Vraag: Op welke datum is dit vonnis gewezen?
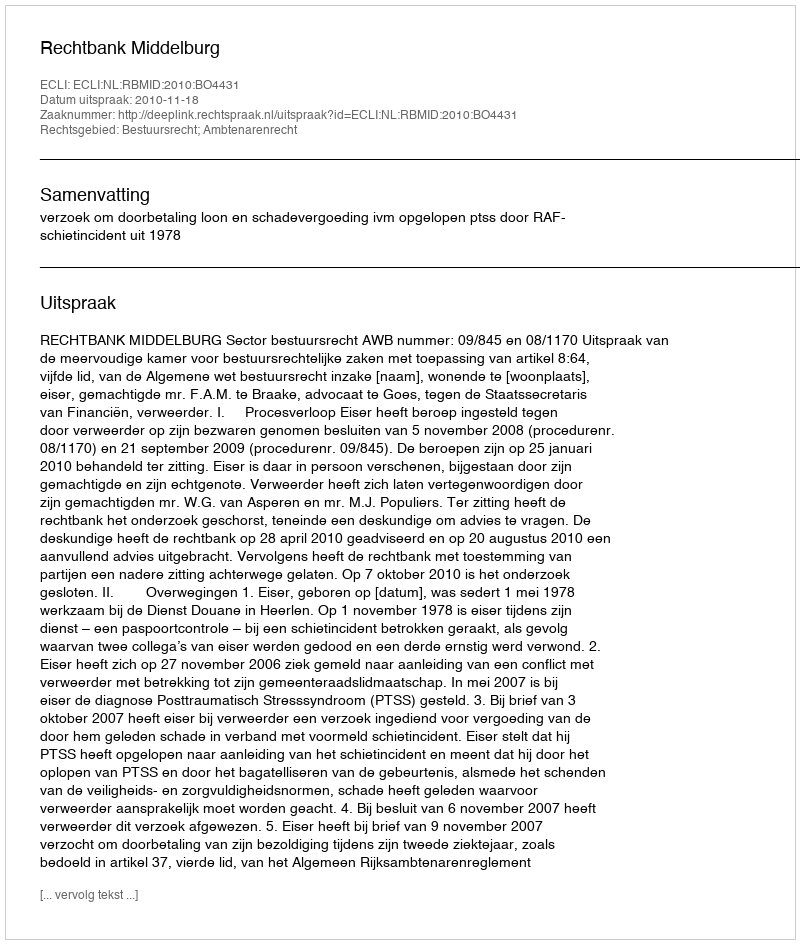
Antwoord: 2010-11-18